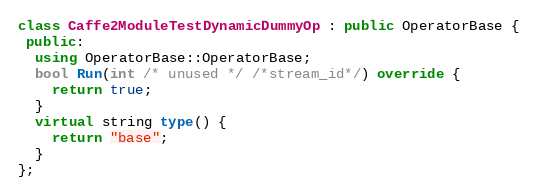
Language: C++
class Caffe2ModuleTestDynamicDummyOp : public OperatorBase {
 public:
  using OperatorBase::OperatorBase;
  bool Run(int /* unused */ /*stream_id*/) override {
    return true;
  }
  virtual string type() {
    return "base";
  }
};